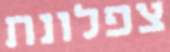
צפלונת